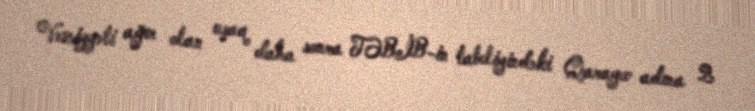
Vəziyyəti ağır olan uşaq daha sonra TƏBİB-in tabeliyindəki Qarayev adına 2